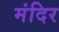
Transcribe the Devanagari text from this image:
मंदिर